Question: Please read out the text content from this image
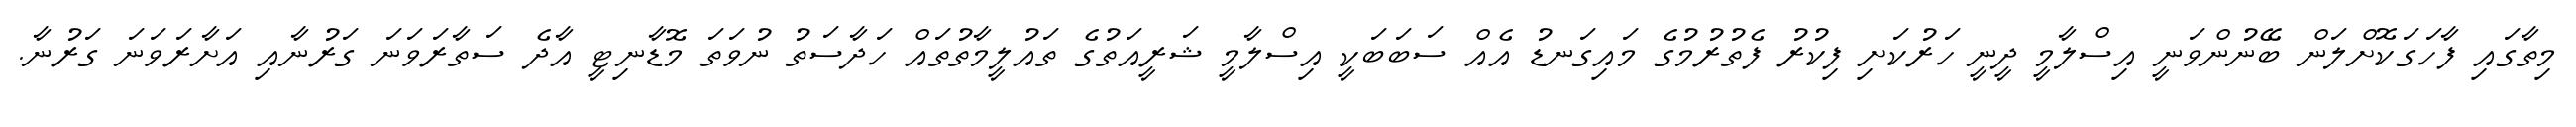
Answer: މިތާގައި ފާހަގަކޮށްލަން ބޭނުންވަނީ އިސްލާމީ ދީނީ ހަރުކަށި ފިކުރު ފެތުރުމުގެ މައިގަނޑު އެއް ސަބަބަކީ އިސްލާމީ ޝަރީއަތުގެ ތައުލީމާތުތައް ހަދާސަތު ނުވަތަ މޮޑާނިޓީ އާދެ ސަތާރަވަނަ ގަރުނާއި އަށާރަވަނަ ގަރުނާ.